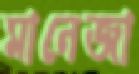
মানেজা